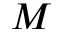
M